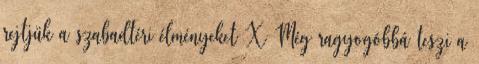
rejtjük a szabadtéri élményeket X Még ragyogóbbá teszi a